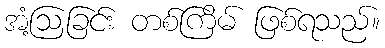
အံ့ဩခြင်း တစ်ကြိမ် ဖြစ်ရသည်။